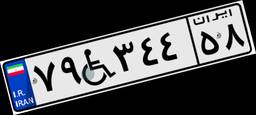
۷۹W۳۴۴۵۸